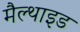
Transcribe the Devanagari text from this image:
मैल्थाइड